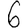
Digit: 6